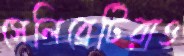
সেলিব্রেটিরাও